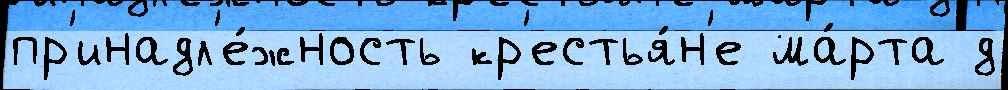
пр'инадл'е́жность кр'естья́н'е ма́рта д